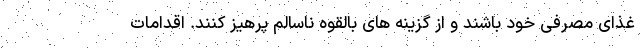
غذای مصرفی خود باشند و از گزینه های بالقوه ناسالم پرهیز کنند. اقدامات